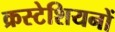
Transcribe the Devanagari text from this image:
क्रस्टेशियनों